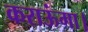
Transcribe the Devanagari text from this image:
कराऊंगा।